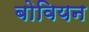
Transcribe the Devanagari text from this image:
बोवियन